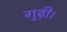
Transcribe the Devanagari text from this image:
गुढ़ी।